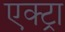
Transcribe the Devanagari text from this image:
एक्ट्रा